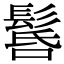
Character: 䯺